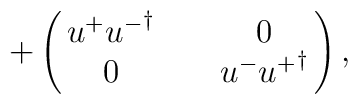
+\pmatrix{u^{+} {u^{-}}^{\dagger} && 0 \cr 0 && u^{-} {u^{+}}^{\dagger} },